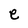
Character: e